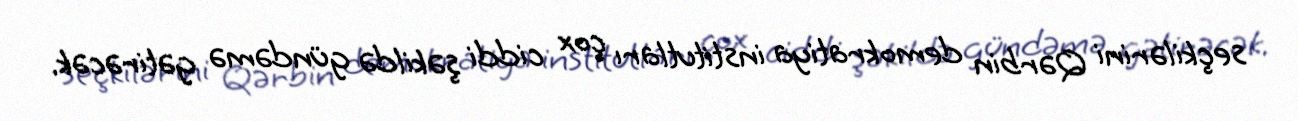
seçkilərini Qərbin demokratiya institutları çox ciddi şəkildə gündəmə gətirəcək.